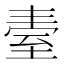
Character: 𦤿